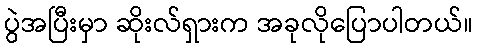
ပွဲအပြီးမှာ ဆိုးလ်ရှားက အခုလိုပြောပါတယ်။